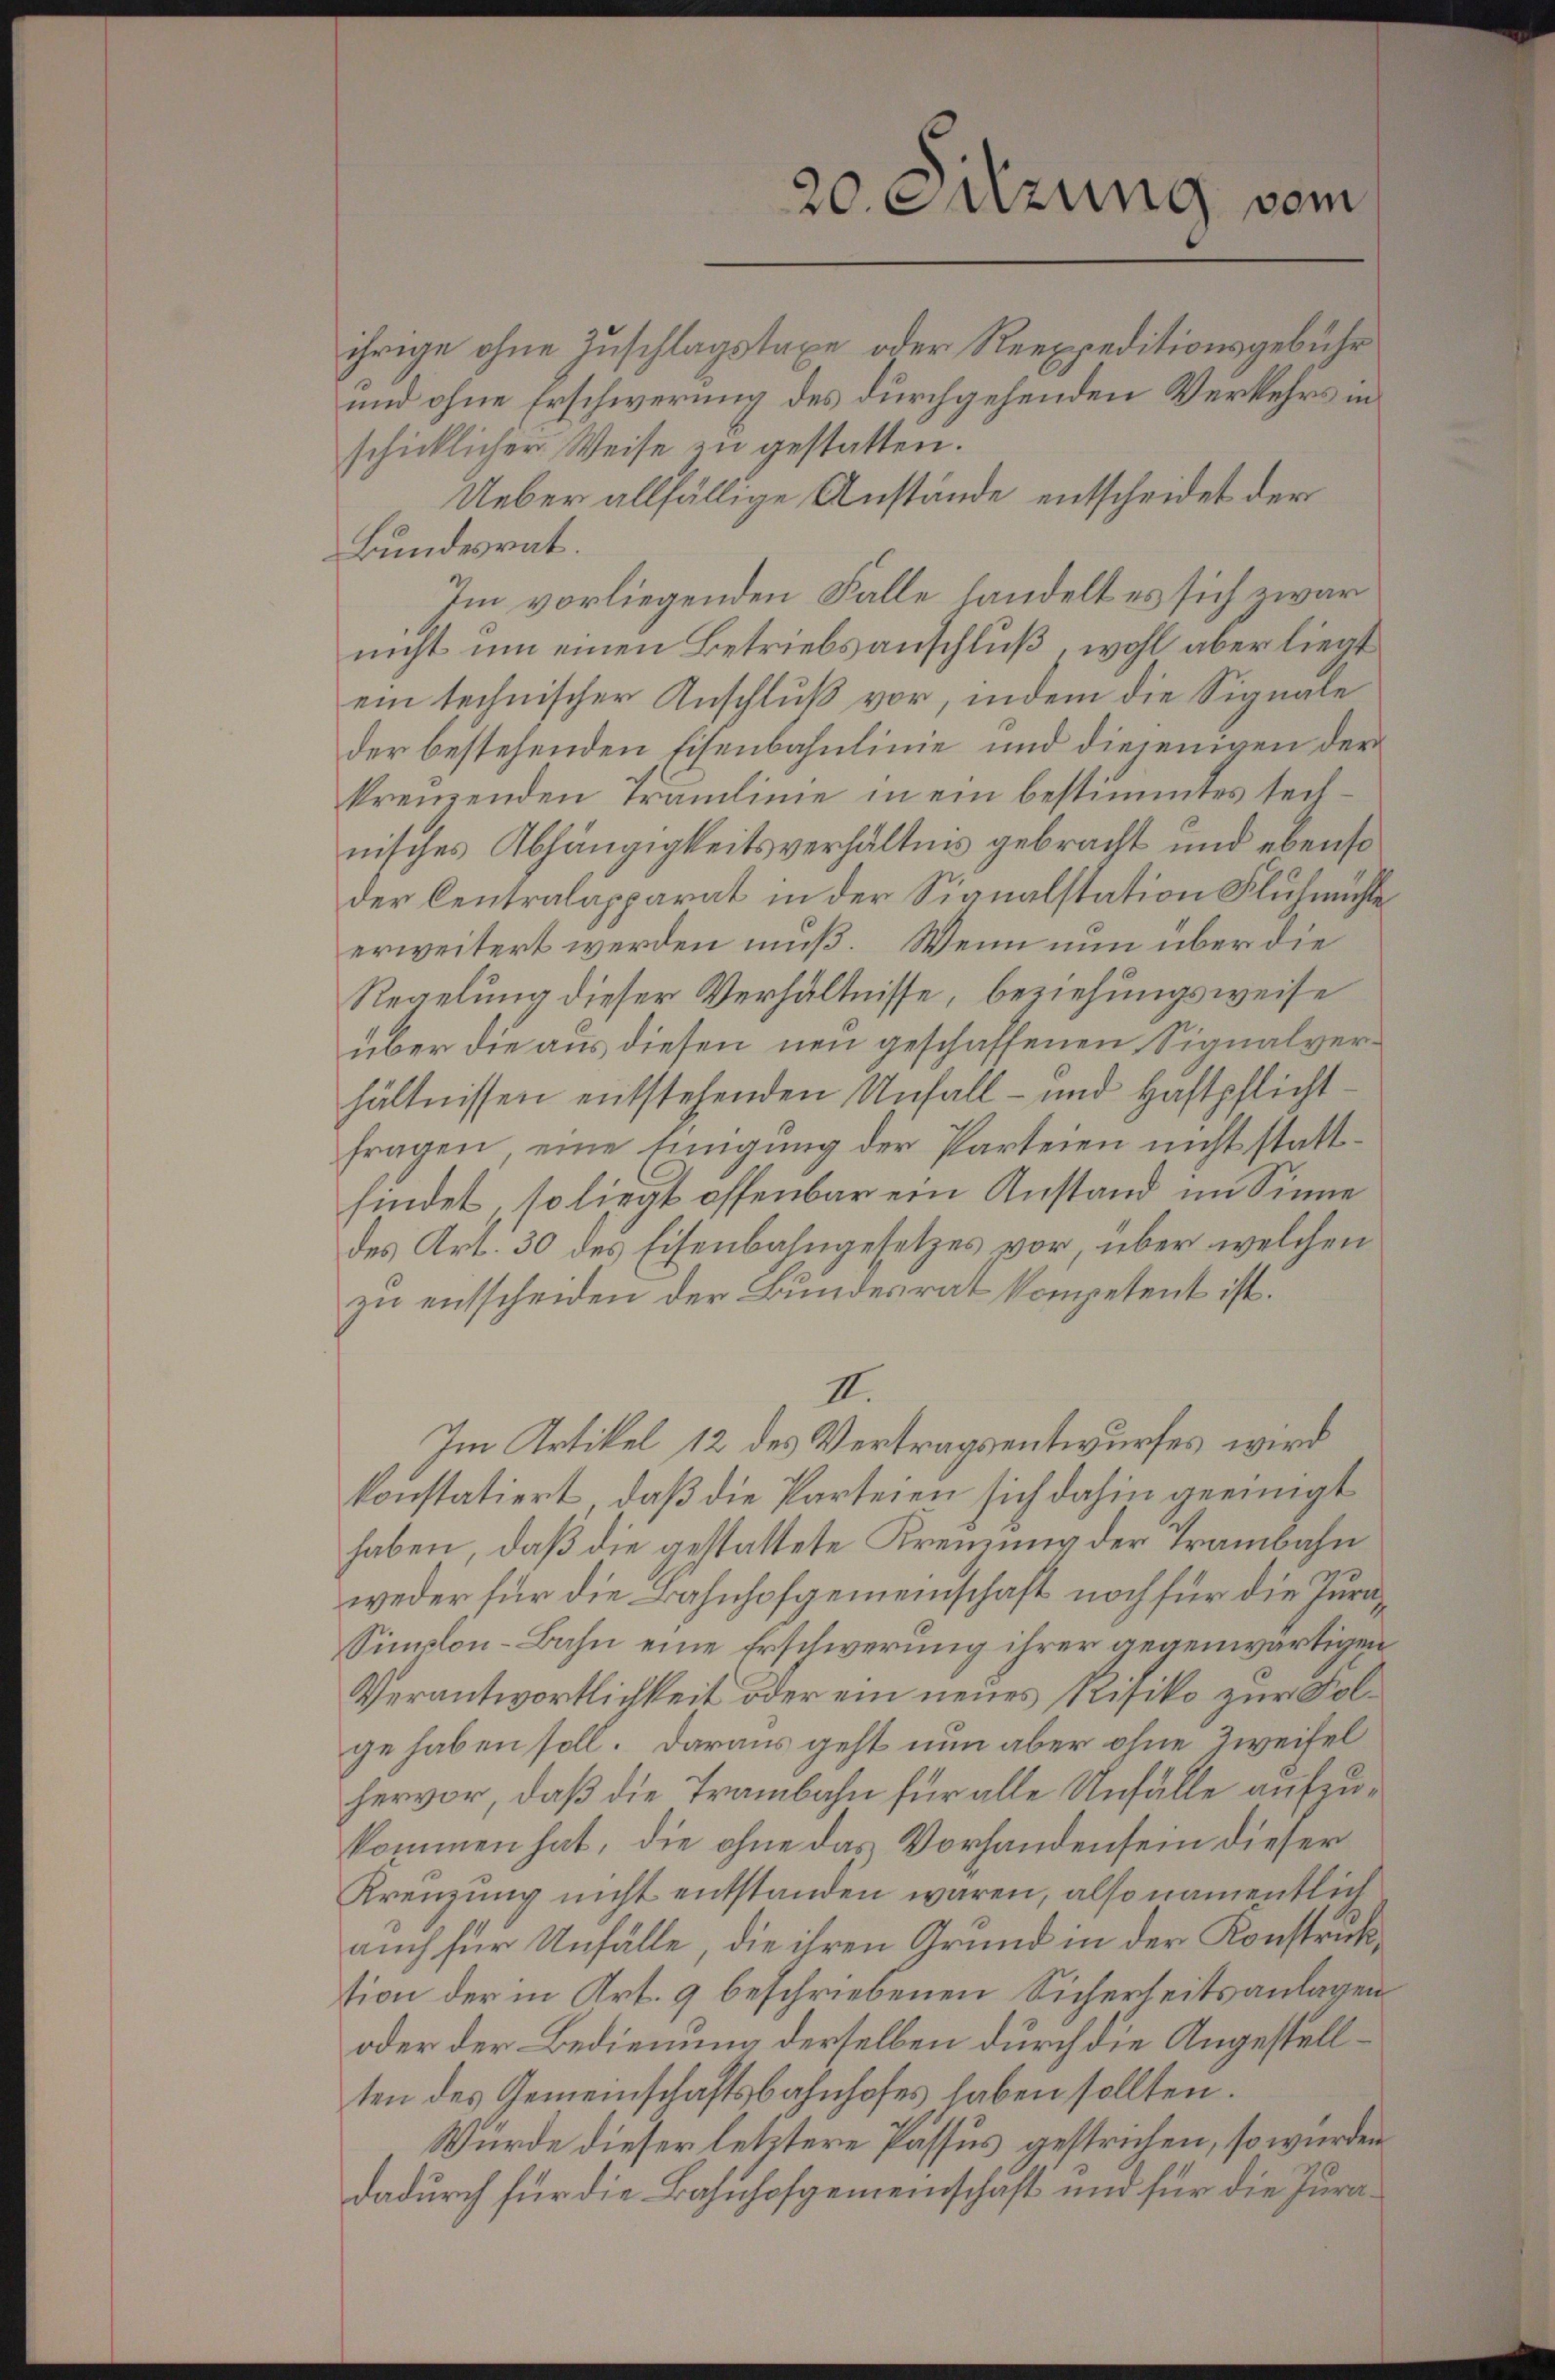
20. Suzung vom

ihrige ohne Zuschlagstaxe oder Reexpeditionsgebühr
und ohne Erschwerung des durchgehenden Verkehrs in
schicklicher Weise zu gestatten.
Ueber allfällige Anstände entscheidet der
Bundesrat.
Im vorliegenden Falle handelt es sich ewarnicht um einen Betriebsanschluß, wohl aber liegt
ein technischer Anschluß vor, indem die Signale
der bestehenden Eisenbahnlinie und diejenigen der
kreuzenden Traulinie in ein bestimmtes teilnisches Abhängigkeitsverhältnis gebracht und ebenso
der Centralapparat in der Signalstation Fluhmühle
erweitert werden muß. Wenn nun über die
Regelung dieser Verhältnisse, beziehungsweise
über die aus diesen neu geschaffenen Signalverhältnissen entstehenden Unfall- und Haftpflichtfragen, eine Einigung der Parteien nicht stattfindet, so liegt offenbar ein Anstand im Sinne
des Art. 30 des Eisenbahngesetzes vor, über welchen
zu entscheiden der Bundesrat kompetent ist.
III.
Im Artikel 12 des Vertragsentwurfes wird
konstatiert, daß die Parteien sich dahin geeinigt
haben, daß die gestattete Kreuzung der Trambahn
weder für die Bahnhofgemeinschaft noch für die Jura¬
Sinnlon-Bahn eine Erschwerung ihrer gegenwärtigen
Verantwortlichkeit oder ein neues Risiko zur Folge haben soll. Daraus geht nun aber ohne Zweifel
hervor, daß die Trambahn für alle Unfälle aufzukommen hat, die ohne das Vorhanden sein dieser
Krenzung nicht entstanden waren, also namentlich
auch für Unfälle, die ihren Grund in der Konstruktion der in Art. 9 beschriebenen Sicherheitsanlagen
oder der Bedienung derselben durch die Angestellten des Gemeinschaftsbahnhofes haben sollten.
Würde dieser letztere Passus gestrichen, so würden
dadurch für die Bahnhofgemeinschaft und für die Jura¬